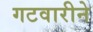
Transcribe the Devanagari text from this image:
गटवारीने